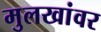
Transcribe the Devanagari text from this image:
मुलखांवर